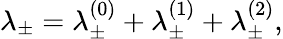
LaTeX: \lambda_{\pm}=\lambda_{\pm}^{(0)}+\lambda_{\pm}^{(1)}+\lambda_{\pm}^{(2)},